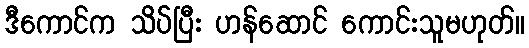
ဒီကောင်က သိပ်ပြီး ဟန်ဆောင် ကောင်းသူမဟုတ်။